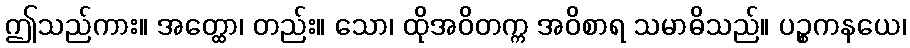
ဤသည်ကား။ အတ္ထော၊ တည်း။ သော၊ ထိုအဝိတက္က အဝိစာရ သမာဓိသည်။ ပဉ္စကနယေ၊